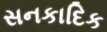
સનકાદિક